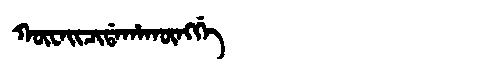
Manchu: ᡴᡡᠸᠠᡳᠴᡳᡩᠠᡥᠠᡴᡡᠩᡤᡝ
Romanization: KŪWAICIDAHAKŪNGGE